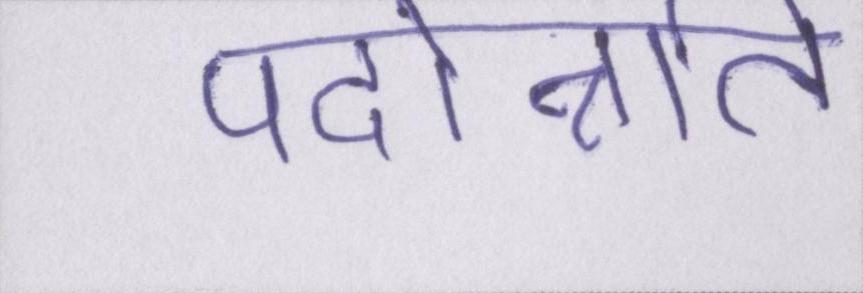
पदोन्नति